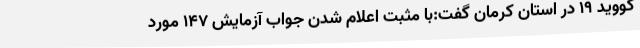
کووید 19 در استان کرمان گفت:با مثبت اعلام شدن جواب آزمایش 147 مورد